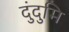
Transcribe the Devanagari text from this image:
दुंदुमि